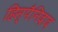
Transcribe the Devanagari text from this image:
हिस्पैनिदाद